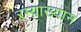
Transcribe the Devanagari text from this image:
रम्याख्यान